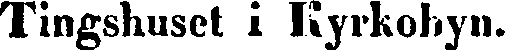
Tingshuset i Kyrkobyn.